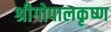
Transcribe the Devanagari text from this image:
श्रीगोपालकृष्ण